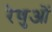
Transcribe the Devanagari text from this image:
रेणुओं